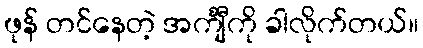
ဖုန် တင်နေတဲ့ အင်္ကျီကို ခါလိုက်တယ်။